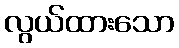
လွယ်ထားသော